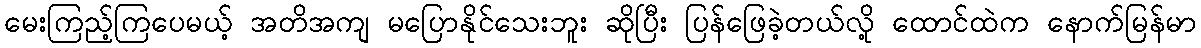
မေးကြည့်ကြပေမယ့် အတိအကျ မပြောနိုင်သေးဘူး ဆိုပြီး ပြန်ဖြေခဲ့တယ်လို့ ထောင်ထဲက နောက်မြန်မာ